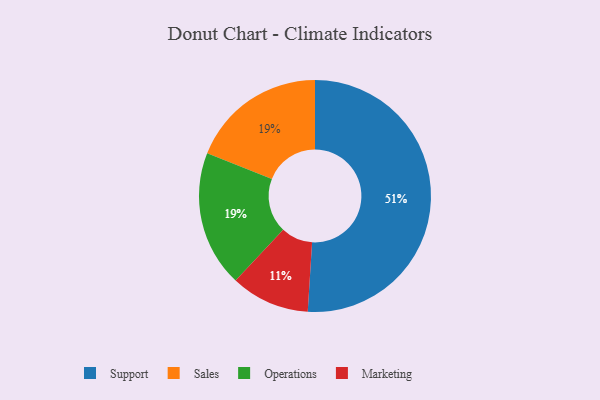
{"axis": {"x": "Category", "y": "Percentage"}, "legend": ["Marketing", "Operations", "Sales", "Support"], "data": [{"x": "Sales", "y": 19, "type": "Sales"}, {"x": "Marketing", "y": 11, "type": "Marketing"}, {"x": "Support", "y": 51, "type": "Support"}, {"x": "Operations", "y": 19, "type": "Operations"}]}